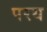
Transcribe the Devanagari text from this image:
परय